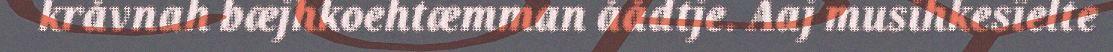
kråvnah bæjhkoehtæmman åådtje. Aaj musihkesïelte